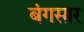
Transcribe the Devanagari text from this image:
बंगसार